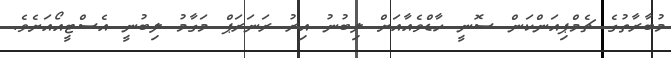
މުބާރާތުގެ ޗެމްޕިއަންކަން ސޮނީ ހާޑްވެއާއަށް ލިބުނު އިރު ރަނަރަޕް މަގާމު ލިބުނީ އެސްޓީއޯއަށެވެ.